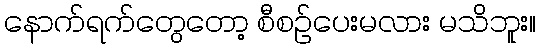
နောက်ရက်တွေတော့ စီစဉ်ပေးမလား မသိဘူး။